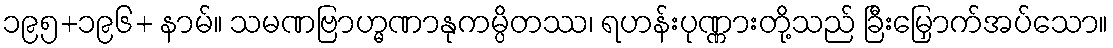
၁၉၅+၁၉၆+ နာမ်။ သမဏဗြာဟ္မဏာနုကမ္ပိတဿ၊ ရဟန်းပုဏ္ဏားတို့သည် ခြီးမြှောက်အပ်သော။